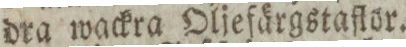
dra wackra Oljefärgstaflor.